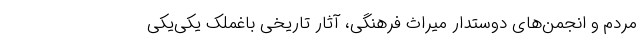
مردم و انجمن‌های دوستدار میراث فرهنگی، آثار تاریخی باغملک یکی‌یکی